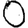
Digit: 0